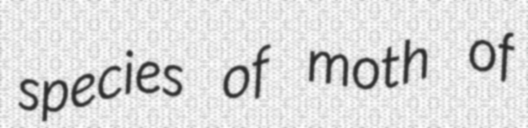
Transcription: species of moth of